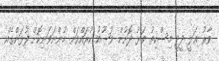
ވާރު ޢަލީ ދީދީ މިސްކިތު ވަޅު ދޮށުން ވުޟޫއު ކުރައްވަން ހުންނަވަނިކޮށް ފުޅަންގެއް